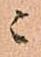
ニ